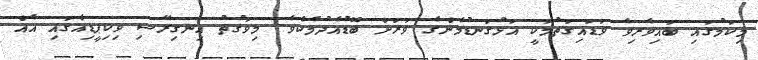
މިކަމުގައި ބައިވެރިވެ ވަޑައިގަތުމަކީ އަޅުގަނޑުމެންގެ ވަރަށް ބޮޑުއެދުމެކެވެ. މިވަގުތު އިނގިރޭސި ވިކިޕީޑިއާގައި އެއް